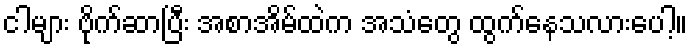
ငါများ ဗိုက်ဆာပြီး အစာအိမ်ထဲက အသံတွေ ထွက်နေသလားပေါ့။